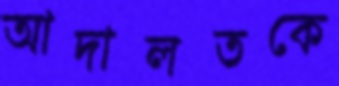
আদালতকে